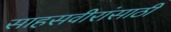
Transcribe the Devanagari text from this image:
साहसवीरांसाठी